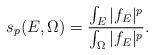
LaTeX: \begin{align*}s_p(E,\Omega)=\frac{\int_E|f_E|^p}{\int_\Omega|f_E|^p}.\end{align*}